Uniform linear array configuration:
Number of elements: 32
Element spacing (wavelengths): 0.5
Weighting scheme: hann
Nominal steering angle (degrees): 60
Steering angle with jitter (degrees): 59.195
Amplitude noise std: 0.05
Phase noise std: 0.05

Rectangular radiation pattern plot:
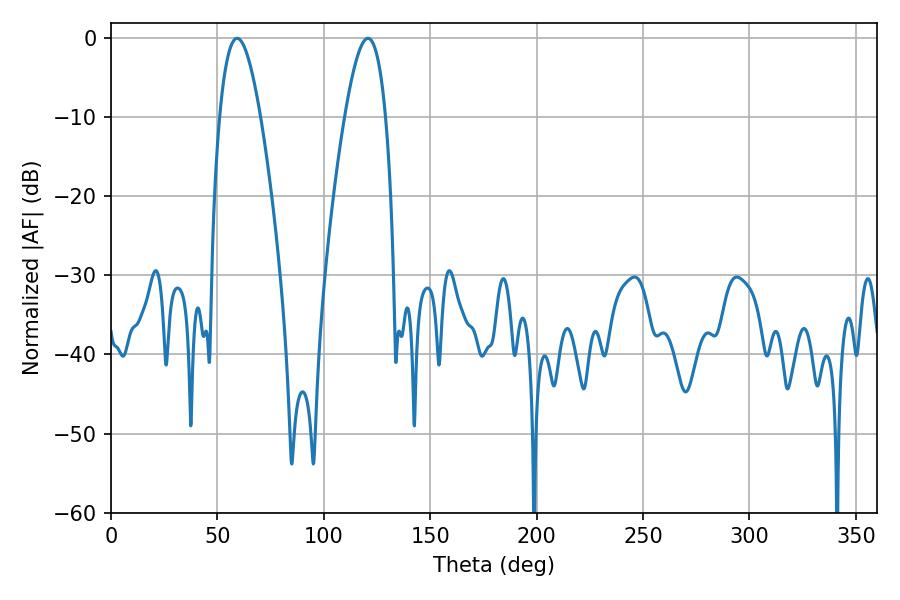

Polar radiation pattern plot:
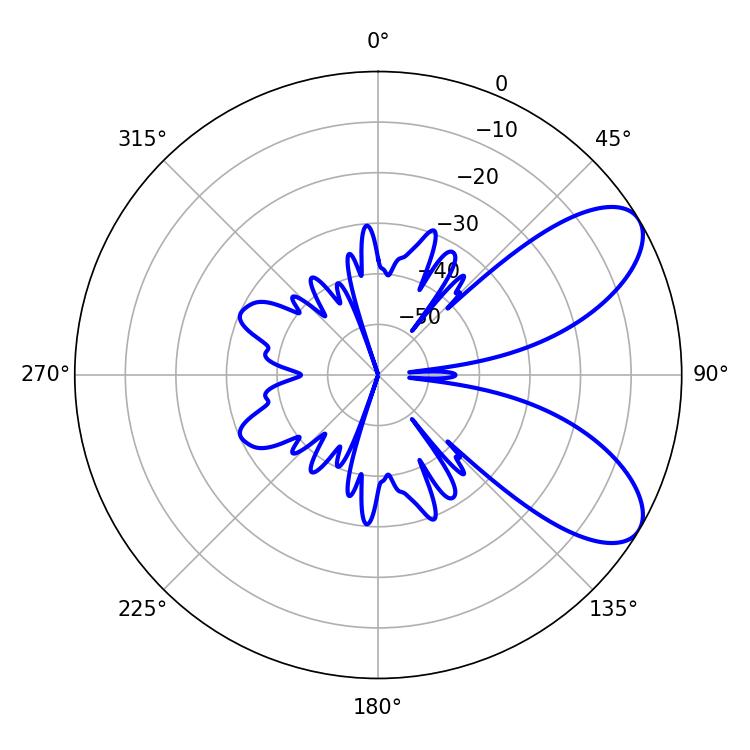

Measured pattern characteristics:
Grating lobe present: FALSE
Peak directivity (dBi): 7.686
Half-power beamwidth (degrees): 10.62
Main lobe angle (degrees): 59.22